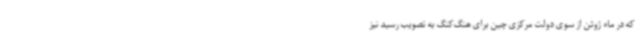
که در ماه ژوئن از سوی دولت مرکزی چین برای هنگ‌کنگ به تصویب رسید نیز